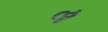
ૡ